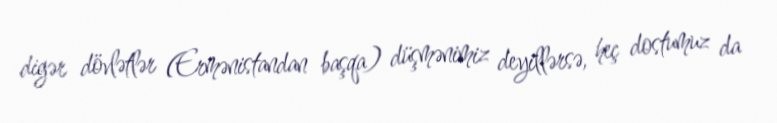
digər dövlətlər (Ermənistandan başqa) düşmənimiz deyillərsə, heç dostumuz da